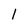
Character: l